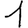
Digit: 1